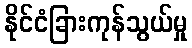
နိုင်ငံခြားကုန်သွယ်မှု